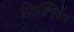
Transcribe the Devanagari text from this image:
फ़िक्सिंग